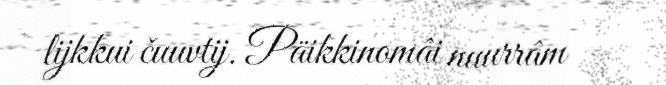
lijkkui čuuvtij. Päikkinomâi nuurrâm